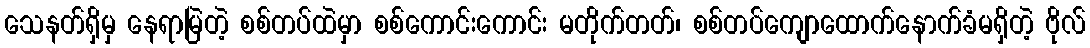
သေနတ်ရှိမှ နေရာမြဲတဲ့ စစ်တပ်ထဲမှာ စစ်ကောင်းကောင်း မတိုက်တတ်၊ စစ်တပ်ကျောထောက်နောက်ခံမရှိတဲ့ ဗိုလ်